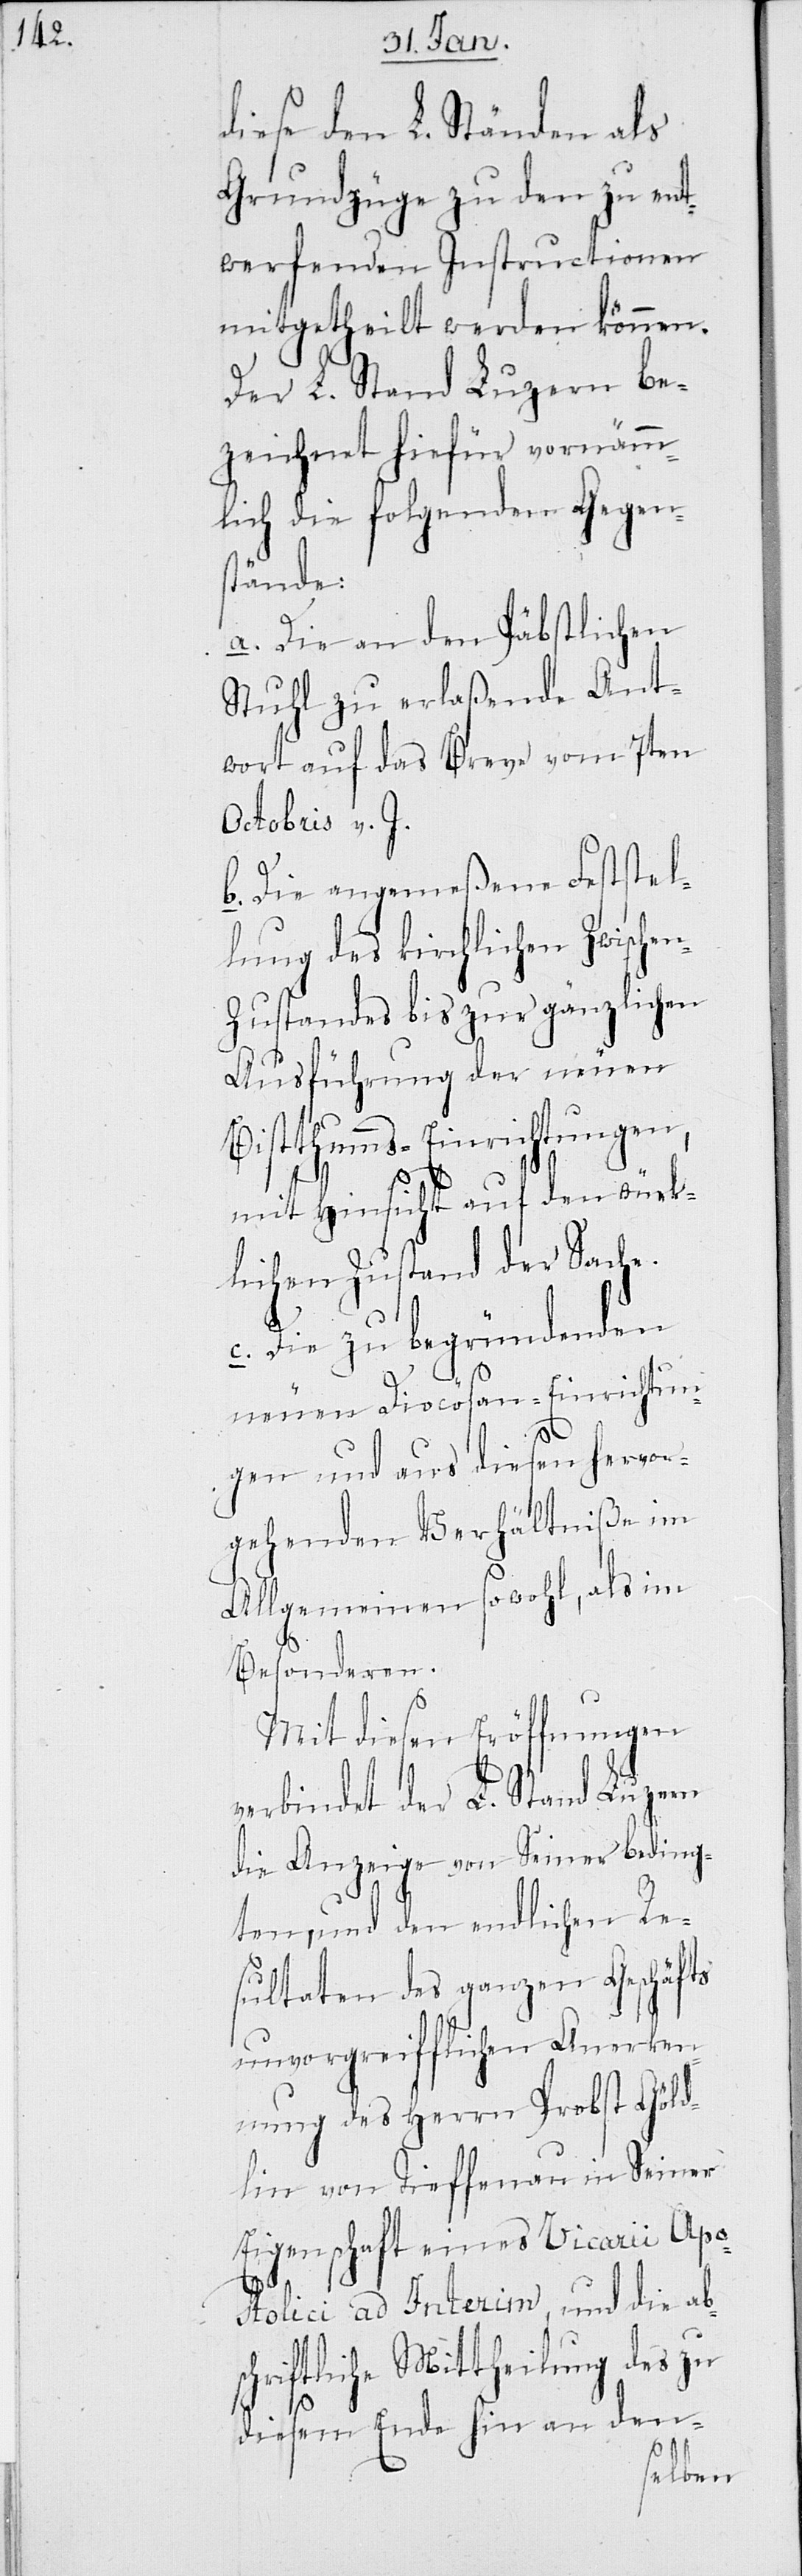
tu¬

diese den L. Ständen als
Grundzüge zu den zu ent¬
werfenden Instructionen
mitgetheilt werden können.
Der L. Stand Luzern be¬
zeichnet hiefür vornäm¬
mlich die folgenden Gegen¬
stände:
a. Die an den Päbstlichen
Stuhl zu erlaßende Ant¬
wort auf das Breve vom 7ten
Oktobris v. J.
b. Die angemeßene Feststel¬
lung des kirchlichen Zwisch¬
n-Zustandes bis zur gänzlichen
Ausführung der neuen
Bistthumms-Einrichtung¬
mit Hinsicht auf den würk¬
lichen Zustand der Sac¬
c. Die zu begründenden
neuen Diocösan-Einrich¬
ngen und aus diesen hervor¬
gehenden Verhältniße im
Allgemeinen sowohl, als im
Besonderen.
Mit diesen Eröffnungen
verbindet der L. Stand Luzern
die Anzeige von seiner beding¬
ten, und den endlichen Re¬
sultaten des ganzen Geschäfts
unvorgreifflichen Anerken¬
nung des Herrn Probst Göld¬
lin von Tieffenau in seiner
Eigenschaft eines Vicarii Apo¬
stolici ad Interim und die abs¬
ung des zu
chriftliche Mittheil¬
an den-
Ende hin
diesem